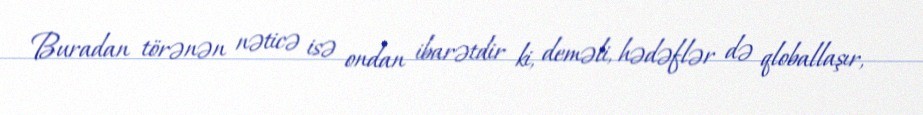
Buradan törənən nəticə isə ondan ibarətdir ki, deməli, hədəflər də qloballaşır,